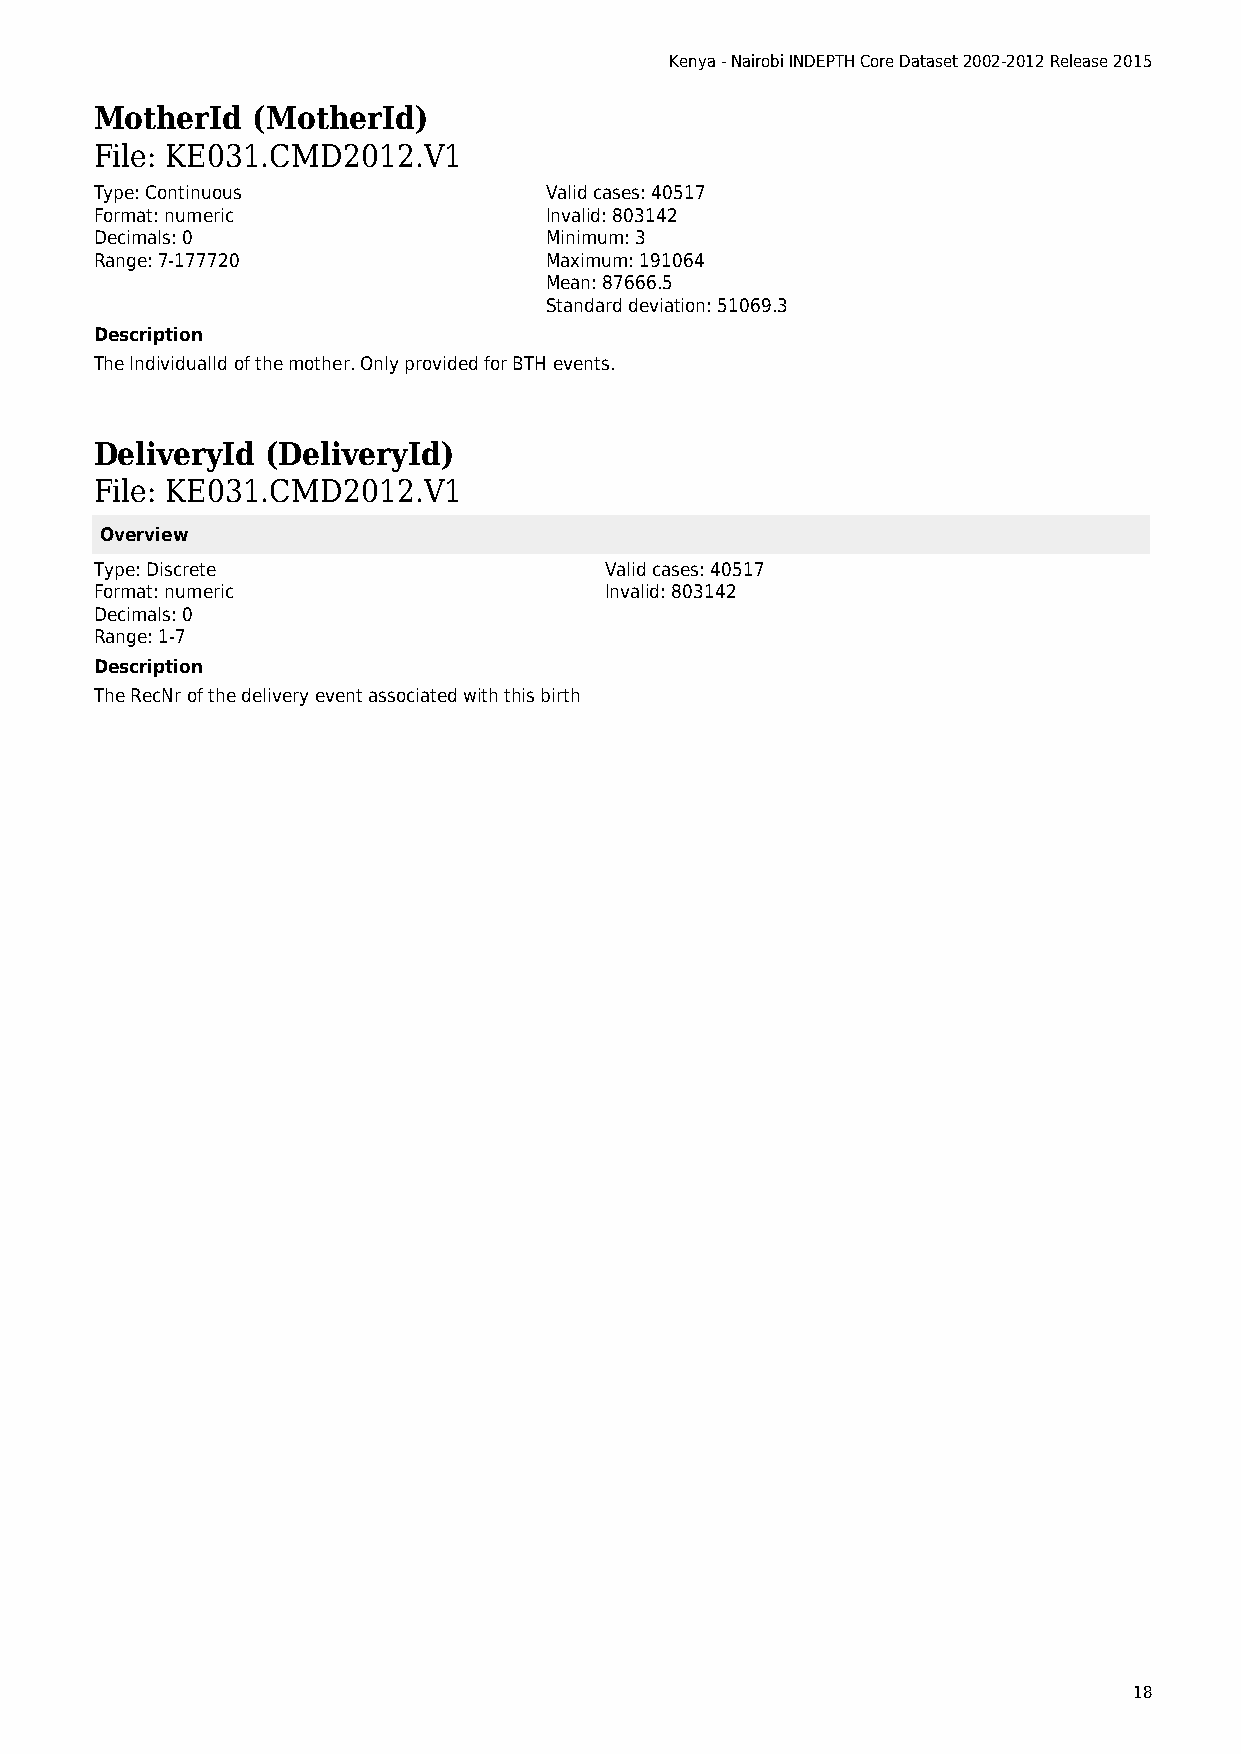
Kenya - Nairobi INDEPTH Core Dataset 2002-2012 Release 2015
 MotherId   (MotherId)
 File: KE031.CMD2012.V1
 Type: Continuous              Valid cases: 40517
 Format: numeric               Invalid: 803142
 Decimals: 0                   Minimum: 3
 Range: 7-177720               Maximum: 191064
 Mean: 87666.5
 Standard deviation: 51069.3
 Description
 The IndividualId of the mother. Only provided for BTH events.
 DeliveryId  (DeliveryId)
 File: KE031.CMD2012.V1
 Overview
 Type: Discrete                    Valid cases: 40517
 Format: numeric                   Invalid: 803142
 Decimals: 0
 Range: 1-7
 Description
 The RecNr of the delivery event associated with this birth
 18